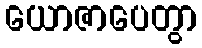
ယောဇာပေတွာ